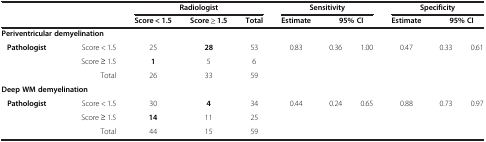
|  |  | <COLSPAN=3> Radiologist | <COLSPAN=3> Sensitivity | <COLSPAN=3> Specificity |
 |  |  | Score < 1.5 | Score ≥ 1.5 | Total | Estimate | <COLSPAN=2> 95% CI | Estimate | <COLSPAN=2> 95% CI |
 | --- | --- | --- | --- | --- | --- | --- | --- | --- | --- | --- |
 | <COLSPAN=2> Periventricular demyelination |  |  |  |  |  |  |  |  |  |
 | <ROWSPAN=2> Pathologist | Score < 1.5 | 25 | 28 | 53 | 0.83 | 0.36 | 1.00 | 0.47 | 0.33 | 0.61 |
 | Score ≥ 1.5 | 1 | 5 | 6 |  |  |  |  |  |  |
 |  | Total | 26 | 33 | 59 |  |  |  |  |  |  |
 | <COLSPAN=3> Deep WM demyelination |  |  |  |  |  |  |  |  |
 | <ROWSPAN=2> Pathologist | Score < 1.5 | 30 | 4 | 34 | 0.44 | 0.24 | 0.65 | 0.88 | 0.73 | 0.97 |
 | Score ≥ 1.5 | 14 | 11 | 25 |  |  |  |  |  |  |
 |  | Total | 44 | 15 | 59 | <COLSPAN=2>  |  |  |  |  |